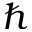
\hbar